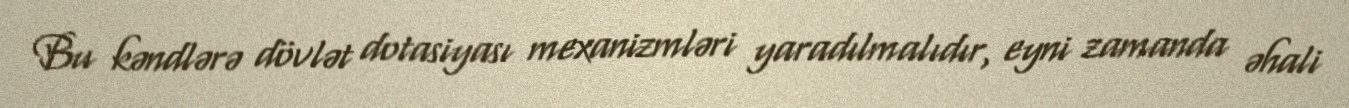
Bu kəndlərə dövlət dotasiyası mexanizmləri yaradılmalıdır, eyni zamanda əhali